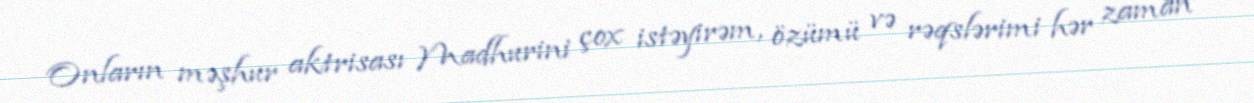
Onların məşhur aktrisası Madhurini çox istəyirəm, özümü və rəqslərimi hər zaman